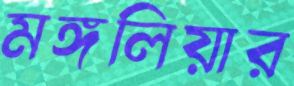
মঙ্গলিয়ার